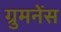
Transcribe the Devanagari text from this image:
ग्रुमनेंस